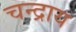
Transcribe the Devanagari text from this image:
चन्द्राय